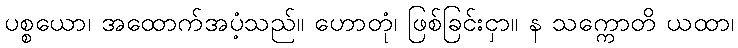
ပစ္စယော၊ အထောက်အပံ့သည်။ ဟောတုံ၊ ဖြစ်ခြင်းငှာ။ န သက္ကောတိ ယထာ၊